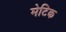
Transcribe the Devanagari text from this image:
मेटिक